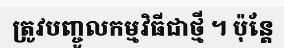
ត្រូវបញ្ចូលកម្មវិធីជាថ្មី ។ ប៉ុន្តែ